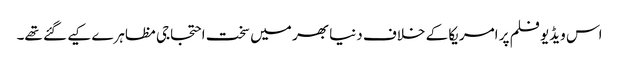
اس ویڈیو فلم پر امریکا کے خلاف دنیا بھر میں سخت احتجاجی مظاہرے کیے گئے تھے۔